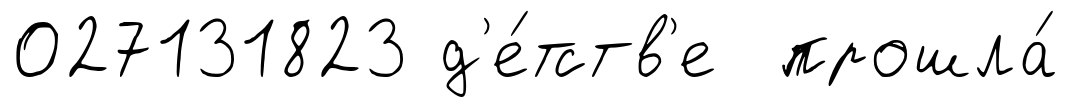
027131823 д'е́тств'е прошла́